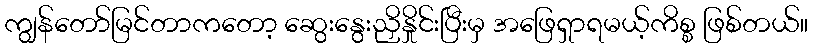
ကျွန်တော်မြင်တာကတော့ ဆွေးနွေးညှိနှိုင်းပြီးမှ အဖြေရှာရမယ့်ကိစ္စ ဖြစ်တယ်။